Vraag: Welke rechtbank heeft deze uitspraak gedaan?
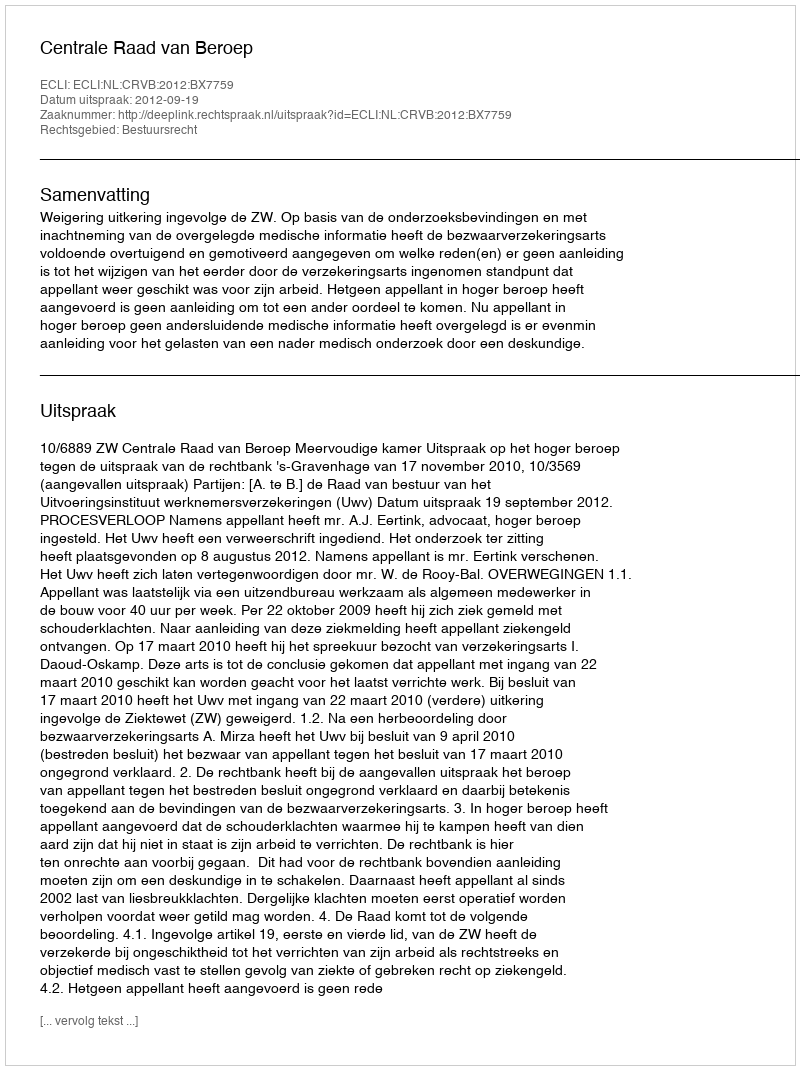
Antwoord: Centrale Raad van Beroep